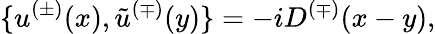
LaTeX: \{ u^{(\pm)}(x),\tilde{u}^{(\mp)}(y)\} =-iD^{(\mp)}(x-y),